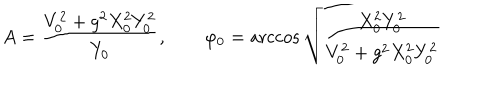
A = \frac { V _ { 0 } ^ { 2 } + g ^ { 2 } X _ { 0 } ^ { 2 } Y _ { 0 } ^ { 2 } } { Y _ { 0 } } , \qquad \varphi _ { 0 } = \operatorname { a r c c o s } \sqrt { \frac { X _ { 0 } ^ { 2 } Y _ { 0 } ^ { 2 } } { V _ { 0 } ^ { 2 } + g ^ { 2 } X _ { 0 } ^ { 2 } Y _ { 0 } ^ { 2 } } }